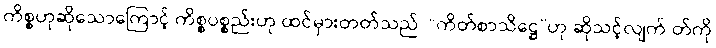
ကိစ္စဟုဆိုသောကြောင့် ကိစ္စပစ္စည်းဟု ထင်မှားတတ်သည်၊ “ကိတ်စာသိဋ္ဌေ”ဟု ဆိုသင့်လျက် တ်ကို